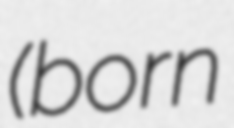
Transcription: (born